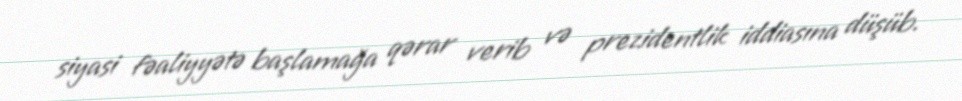
siyasi fəaliyyətə başlamağa qərar verib və prezidentlik iddiasına düşüb.